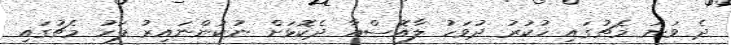
ދެ ވަނަ މެޗުގައި ހުކުރު ދުވަހު ލާއޮސްއާ ދެކޮޅަށް ނުކުންނައިރު ފަހު މެޗުގައި